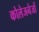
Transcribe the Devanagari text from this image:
कोलेजनेजों